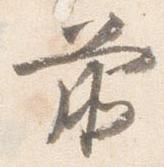
前